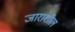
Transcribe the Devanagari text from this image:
जाराशील